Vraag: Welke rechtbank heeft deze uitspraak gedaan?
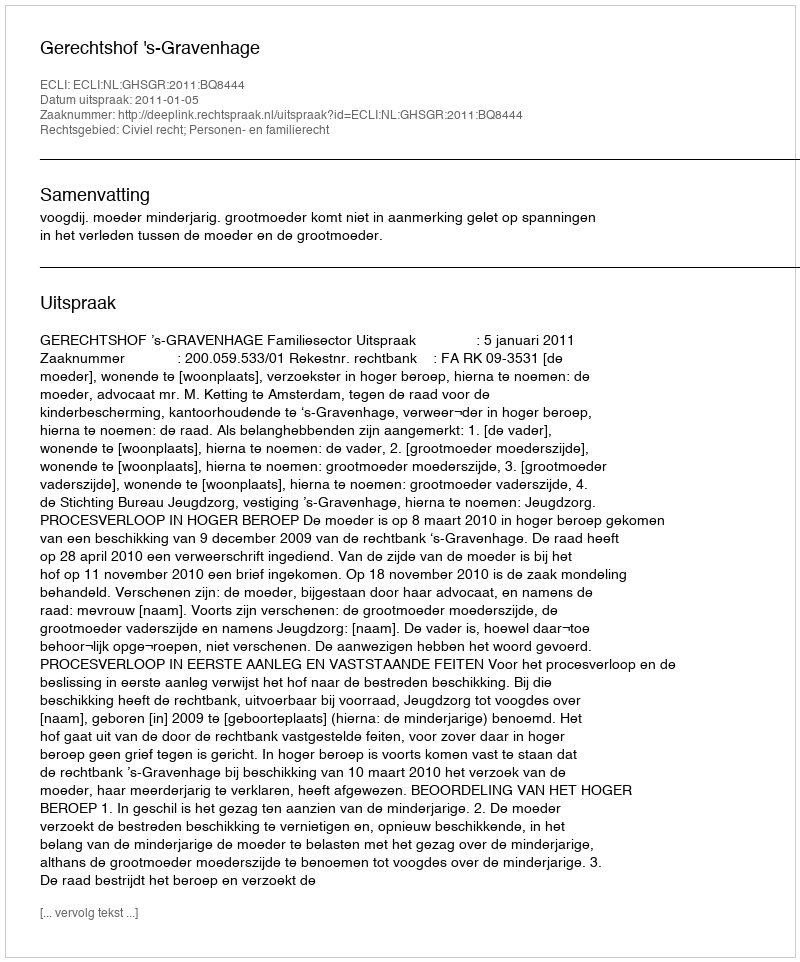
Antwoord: Gerechtshof 's-Gravenhage